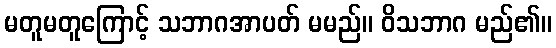
မတူမတူကြောင့် သဘာဂအာပတ် မမည်။ ဝိသဘာဂ မည်၏။